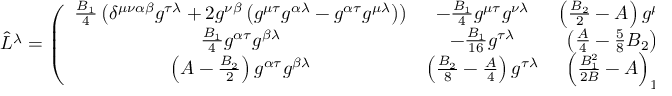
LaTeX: \hat { L } ^ { \lambda } = \left( \begin{array} { c c c } { { \frac { B _ { 1 } } { 4 } \left( \delta ^ { \mu \nu \alpha \beta } g ^ { \tau \lambda } + 2 g ^ { \nu \beta } \left( g ^ { \mu \tau } g ^ { \alpha \lambda } - g ^ { \alpha \tau } g ^ { \mu \lambda } \right) \right) } } & { { - \frac { B _ { 1 } } { 4 } g ^ { \mu \tau } g ^ { \nu \lambda } } } & { { \left( \frac { B _ { 2 } } { 2 } - A \right) g ^ { \mu \tau } g ^ { \nu \lambda } } } \\ { { \frac { B _ { 1 } } { 4 } g ^ { \alpha \tau } g ^ { \beta \lambda } } } & { { - \frac { B _ { 1 } } { 1 6 } g ^ { \tau \lambda } } } & { { \left( \frac { A } { 4 } - \frac { 5 } { 8 } B _ { 2 } \right) g ^ { \tau \lambda } } } \\ { { \left( A - \frac { B _ { 2 } } { 2 } \right) g ^ { \alpha \tau } g ^ { \beta \lambda } } } & { { \left( \frac { B _ { 2 } } { 8 } - \frac { A } { 4 } \right) g ^ { \tau \lambda } } } & { { \left( \frac { B _ { 1 } ^ { 2 } } { 2 B } - A \right) _ { 1 } g ^ { \tau \lambda } } } \end{array} \right) ( \nabla _ { \tau } \phi )